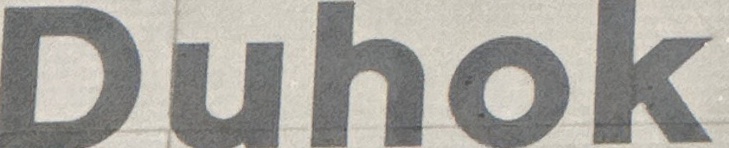
Duhok